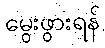
မွေးဖွားရန်